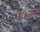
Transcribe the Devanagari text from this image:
११७व्या